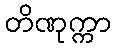
တိဏုက္ကာ